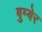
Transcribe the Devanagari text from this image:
बुम्बेर